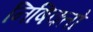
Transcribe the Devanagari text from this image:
निषिक्तो